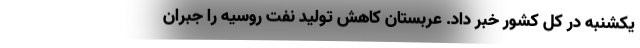
یکشنبه در کل کشور خبر داد. عربستان کاهش تولید نفت روسیه را جبران